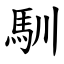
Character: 馴